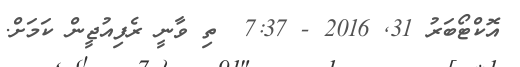
އޮކްޓޯބަރު 31